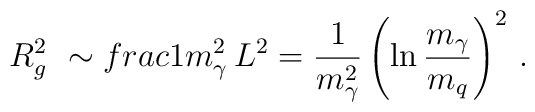
R^2_g\ \sim\\frac{1}{m^2_\gamma}\,  L^2 =\frac{1}{m^2_\gamma} \left( \ln \frac{m_\gamma}{m_q}\right)^2\, .